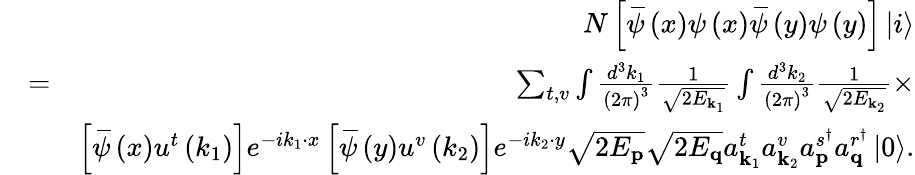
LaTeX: \begin{array}{rlr}&{}&{N\left[\, \overline{{\! {\psi}}}\left(x\right)\psi\left(x\right)\, \overline{{\! {\psi}}}\left(y\right)\psi\left(y\right)\right]\left\vert i\right\rangle}\\ &{=}&{\sum_{t,v}\int\frac{d^{3}k_{1}}{\left(2\pi\right)^{3}}\frac{1}{\sqrt{2E_{\mathbf{k}_{1}}}}\int\frac{d^{3}k_{2}}{\left(2\pi\right)^{3}}\frac{1}{\sqrt{2E_{\mathbf{k}_{2}}}}\times}\\ &{}&{\left[\, \overline{{\! {\psi}}}\left(x\right)u^{t}\left(k_{1}\right)\right]e^{-ik_{1}\cdot x}\left[\, \overline{{\! {\psi}}}\left(y\right)u^{v}\left(k_{2}\right)\right]e^{-ik_{2}\cdot y}\sqrt{2E_{\mathbf{p}}}\sqrt{2E_{\mathbf{q}}}a_{\mathbf{k}_{1}}^{t}a_{\mathbf{k}_{2}}^{v}a_{\mathbf{p}}^{s^{\dagger}}a_{\mathbf{q}}^{r^{\dagger}}\left\vert 0\right\rangle.}\end{array}